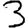
Digit: 3